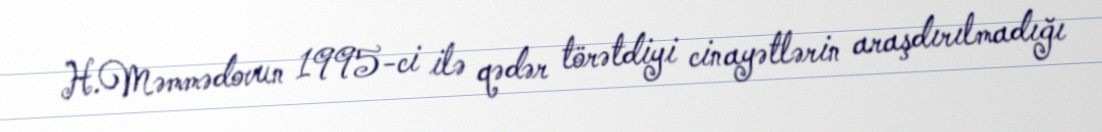
H.Məmmədovun 1995-ci ilə qədər törətdiyi cinayətlərin araşdırılmadığı